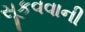
સૂકવવાની